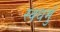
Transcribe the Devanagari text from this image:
स्वधर्मु